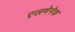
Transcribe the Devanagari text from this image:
एलमेनेक